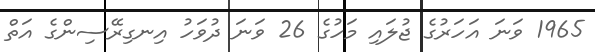
1965 ވަނަ އަހަރުގެ ޖުލައި މަހުގެ 26 ވަނަ ދުވަހު އިނގިރޭސިންގެ އަތް